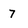
Character: 7